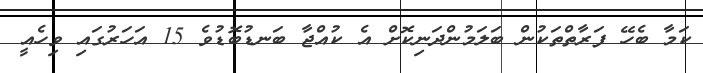
ކަމާ ބެހޭ ފަރާތްތަކުން ބަލަމުންދަނިކޮށް އެ ކުއްޖާ ބަނޑުބޮޑުވެ 15 އަހަރުގައި ވިހެއީ